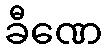
ခီဏေ